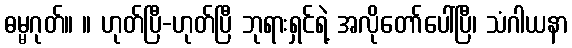
ဓမ္မဂုတ်။ ။ ဟုတ်ပြီ-ဟုတ်ပြီ ဘုရားရှင်ရဲ့ အလိုတော်ပေါ်ပြီ၊ သံဂါယနာ